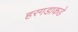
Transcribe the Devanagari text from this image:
हरगडाकडे